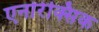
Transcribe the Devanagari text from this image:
एनोरेक्सिक